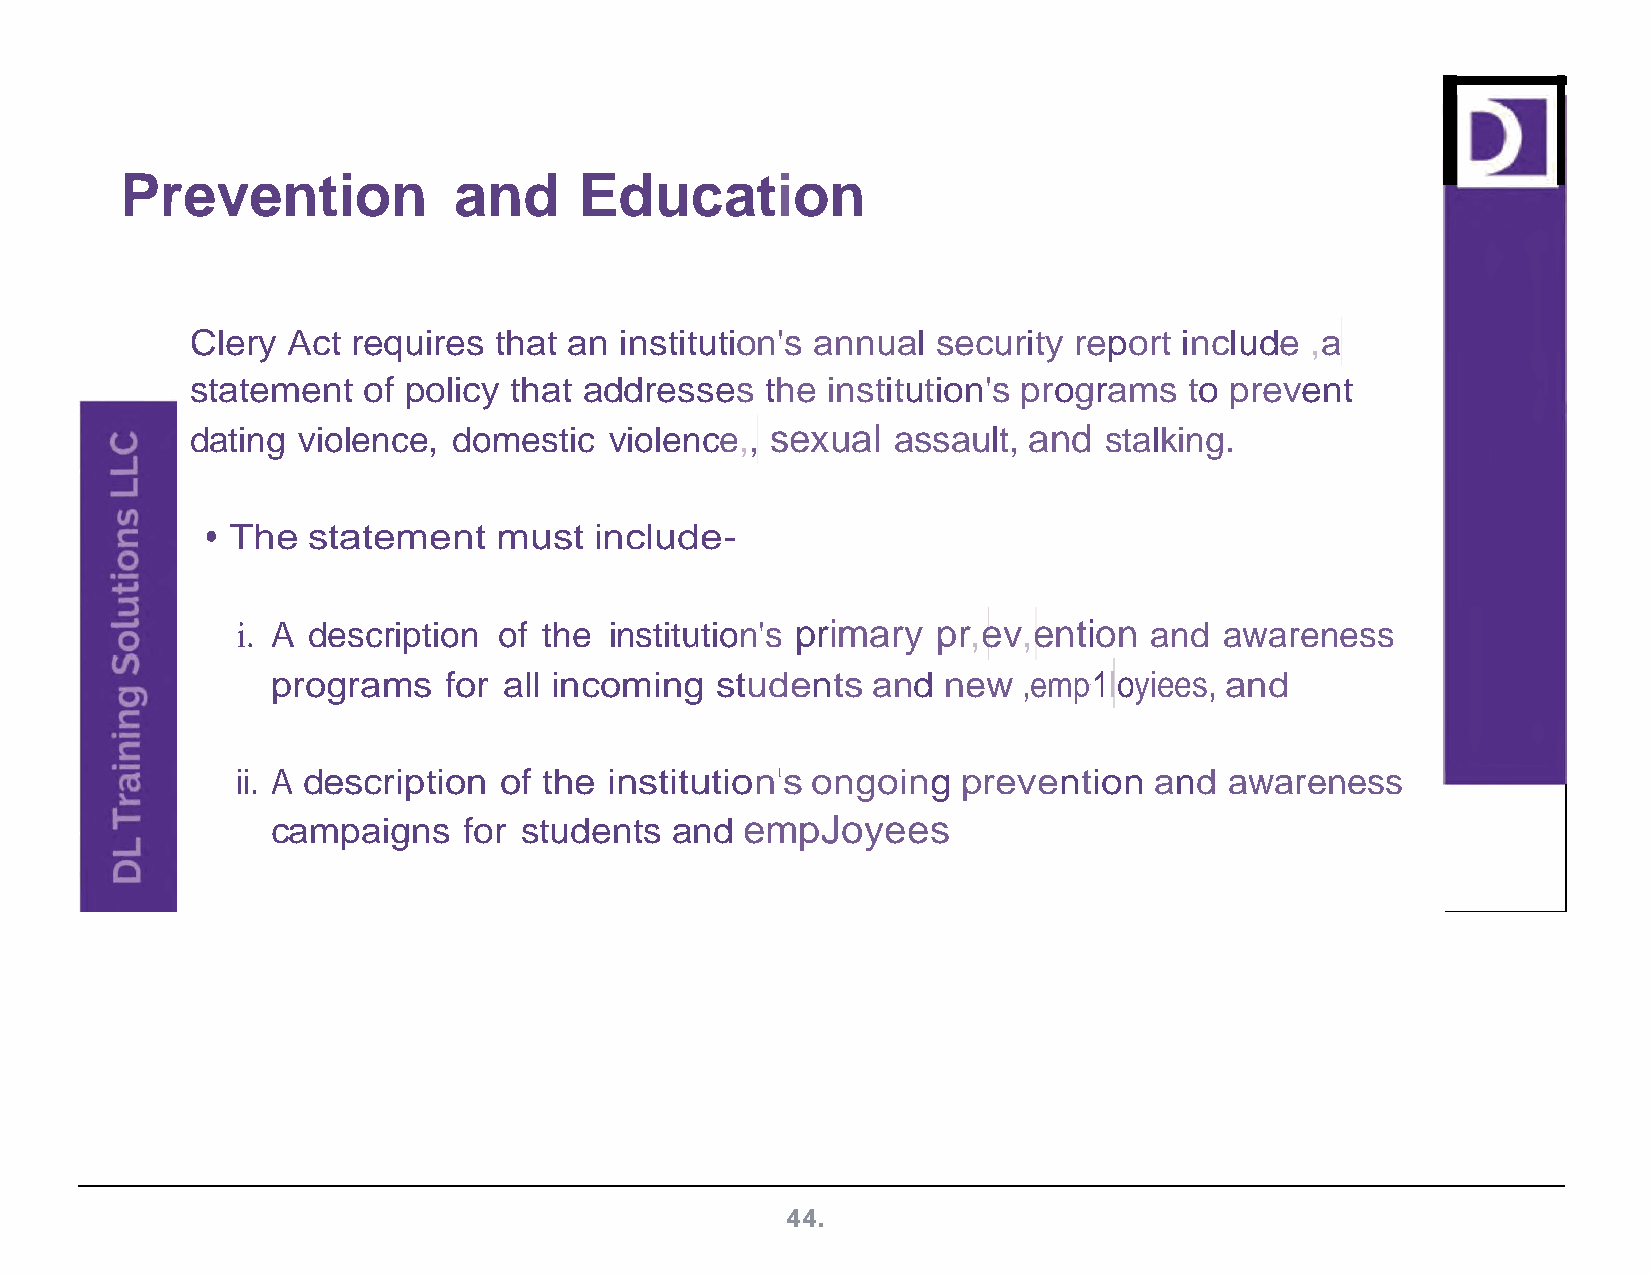
Prevention            and     Education
 Clery Act requires  that an institution's annual security report include  ,a
 statement  of policy that addresses   the institution's programs  to prevent
 dating violence, domestic  violence,, sexual  assault, and  stalking.
 • The statement    must  include-
 i. A description of the institution's primary pr,ev,ention  and  awareness
 programs   for all incoming  students   and new   ,emp1loyiees, and
 1
 ii. A description of the institution1s ongoing  prevention  and  awareness
 campaigns    for students and  empJoyees
 44.